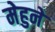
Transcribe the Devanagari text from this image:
मेहुने